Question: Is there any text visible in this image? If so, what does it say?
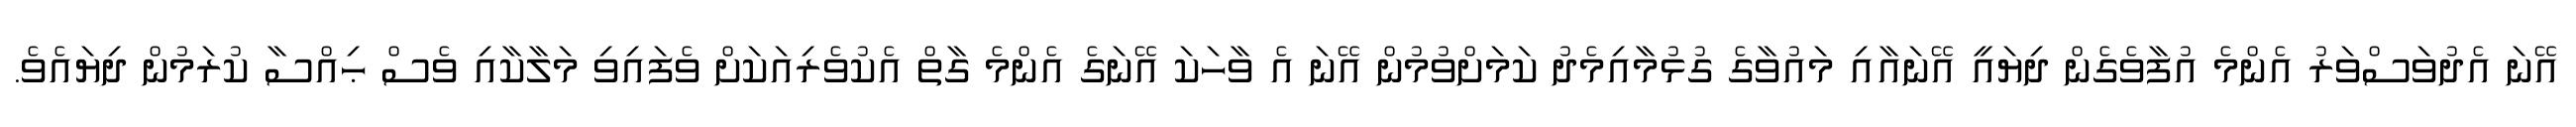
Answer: އޭނަ އެދުވަސްވަރު އެންމެ އުފާވެގެން ދިޔައީ އޭނައާއި މައުވާގެ ގުޅުމާއިމެދު ކަމަށްވުމުން އޭނަ އެ ވާހަކަ އޭނަގެ އެންމެ ގާތް އެކުވެރިއަކަށް ވެފައިވި މަލާކާއި ވެސް ޙިއްސާ ކުރަމުން ދިޔައެވެ.